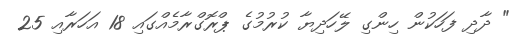
" ދާދި ފަހަކުން ހިންގި ލޭހަދިޔާ ކުރުމުގެ ޕްރޮގްރާމެއްގައި 18 އަހަރާއި 25